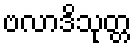
ဗလာဒိသုတ္တ